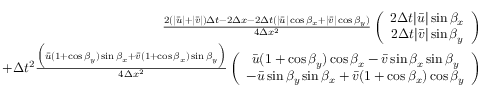
\begin{array} { r } { \frac { 2 ( | \bar { u } | + | \bar { v } | ) \Delta t - 2 \Delta x - 2 \Delta t ( | \bar { u } | \cos \beta _ { x } + | \bar { v } | \cos \beta _ { y } ) } { 4 \Delta x ^ { 2 } } \left( \begin{array} { c } { 2 \Delta t | \bar { u } | \sin \beta _ { x } } \\ { 2 \Delta t | \bar { v } | \sin \beta _ { y } } \end{array} \right) } \\ { + \Delta t ^ { 2 } \frac { \Big ( \bar { u } ( 1 + \cos \beta _ { y } ) \sin \beta _ { x } + \bar { v } ( 1 + \cos \beta _ { x } ) \sin \beta _ { y } \Big ) } { 4 \Delta x ^ { 2 } } \left( \begin{array} { c } { \bar { u } ( 1 + \cos \beta _ { y } ) \cos \beta _ { x } - \bar { v } \sin \beta _ { x } \sin \beta _ { y } } \\ { - \bar { u } \sin \beta _ { y } \sin \beta _ { x } + \bar { v } ( 1 + \cos \beta _ { x } ) \cos \beta _ { y } } \end{array} \right) } \end{array}